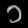
Digit: ၁